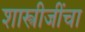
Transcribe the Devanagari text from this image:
शास्त्रीजींचा